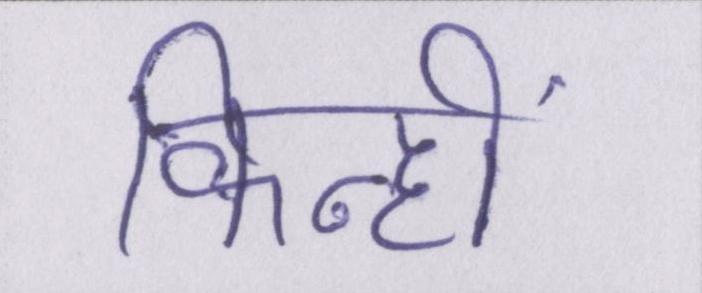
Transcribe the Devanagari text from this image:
किन्हीं